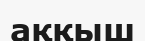
аққыш